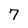
Character: 7